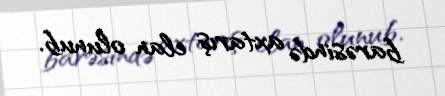
barəsində axtarış elan olunub.